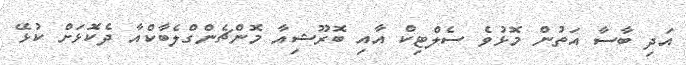
އަދި ބާސާ އަތުން މޮޅުވެ ސެލްޓިކް އާއި ބޮރޫޝިއާ މޮންޗެންގްލެބާކްއާ ދެކޮޅަށް ކުޅޭ